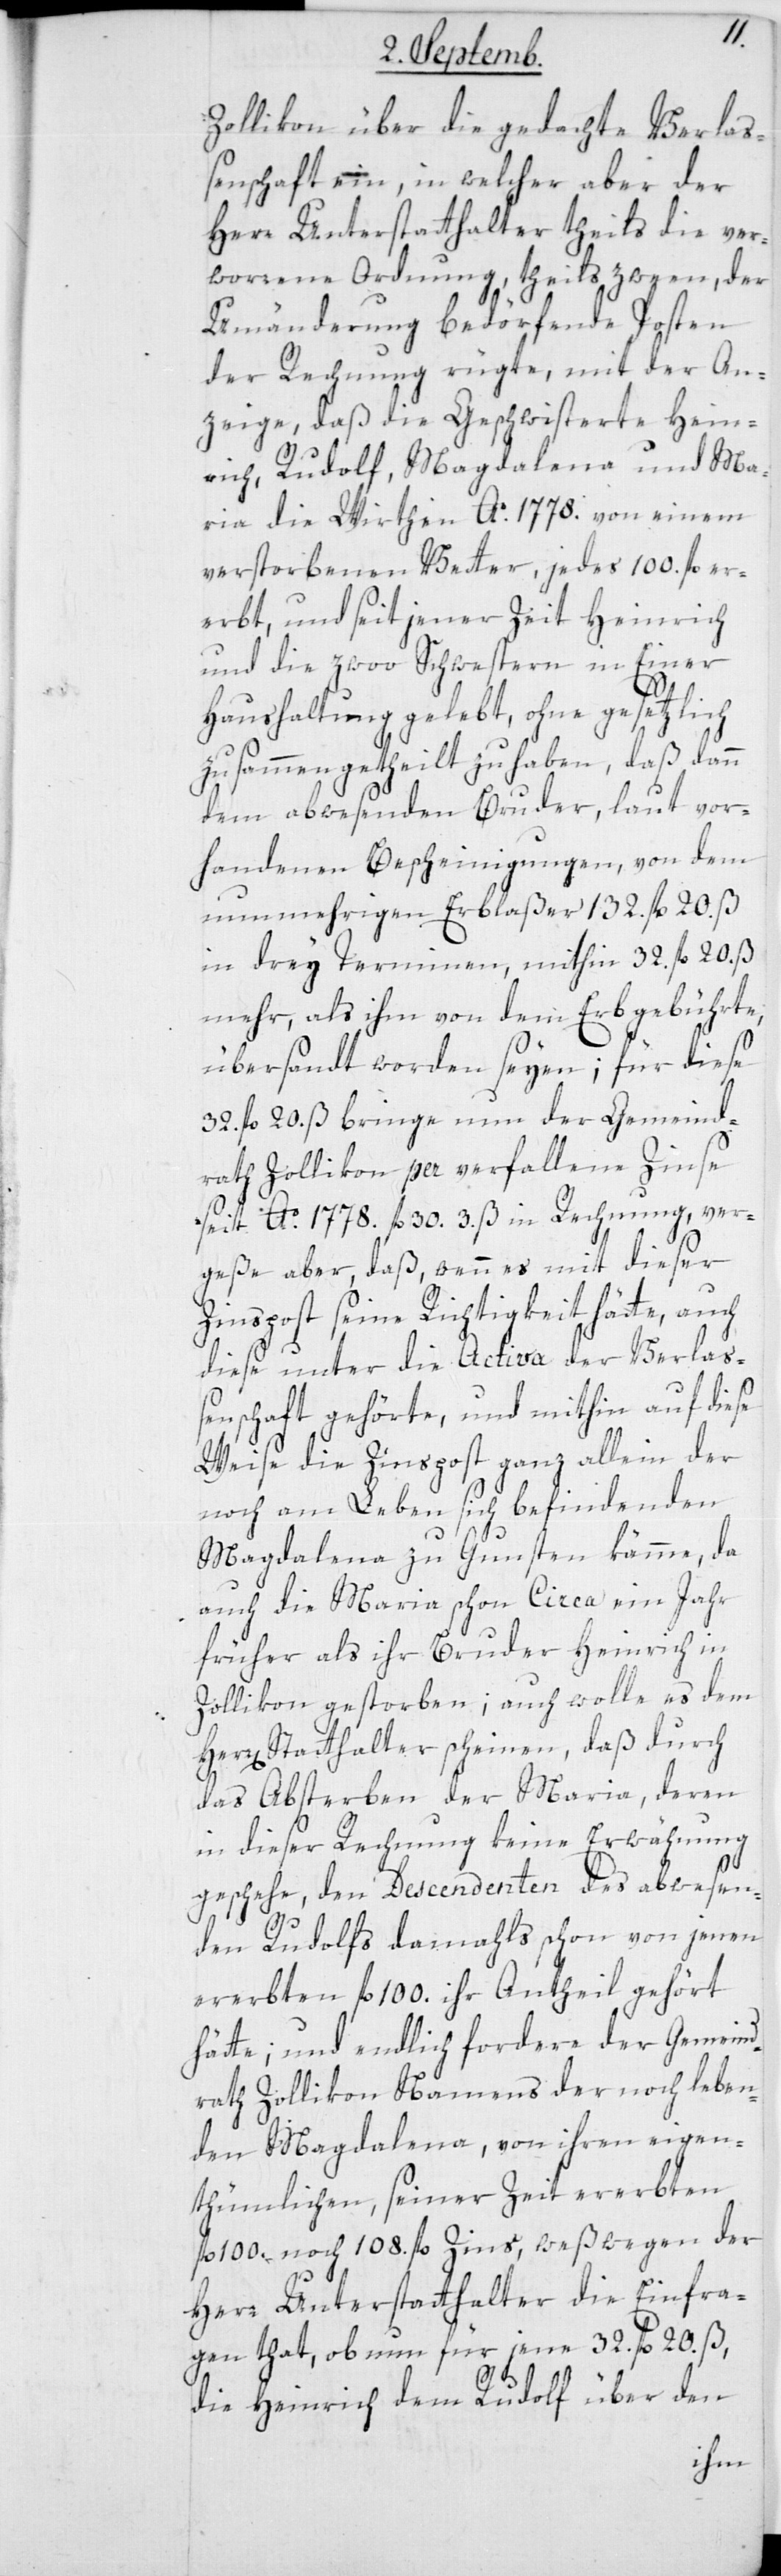
Zollikon über die gedachte Verlas¬
senschaft ein, in welcher aber der
Herr Unterstatthalter theils die ver¬
worrene Ordnung, theils zween, der
Umänderung bedörfende Posten
der Rechnung rügte, mit der An¬
zeige, daß die Geschwisterte Hein¬
rich, Rudolf, Magdalena und Ma¬
ria die Wirthin Ao. 1778. von einem
verstorbenen Vetter, jedes 100. fl. er¬
erbt, und seit jener Zeit Heinrich
und die zwoo Schwestern in einer
Haushaltung gelebt, ohne gesetzlich
zusammen getheilt zu haben, daß dann
dem abwesenden Bruder, laut vor¬
handenen Bescheinigungen, von dem
nunmehrigen Erblaßer 132 fl. 20. ß
in drey Terminen, mithin 32. fl. 20. ß
mehr, als ihm von dem Erb gebührte,
übersandt worden seyen; für diese
32. fl. 20. ß bringe nun der Gemeind¬
rath Zollikon per verfallene Zinse
seit Ao. 1778. fl. 30. 3. ß in Rechnung, ver¬
geße aber, daß, wenn es mit dieser
Zinspost seine Richtigkeit hätte, auch
diese unter die Activa der Verlaß¬
enschaft gehörte, und mithin auf diese
Weise die Zinspost ganz allein der
noch am Leben sich befindenden
Magdalena zu Gunsten kämme, da
auch die Maria schon Circa ein Jahr
früher als ihr Bruder Heinrich in
Zollikon gestorben; auch wolle es dem
Herr Statthalter scheinen, daß durch
das Absterben der Maria, deren
in dieser Rechnung keine Erwähnung
geschehe, den Descendenten des abwesen¬
den Rudolfs damahls schon von jenen
ererbten fl. 100. ihr Antheil gehört
hätte; und endlich fordere der Gemeind¬
rath Zollikon Namens der noch leben¬
den Magdalena, von ihren eigen¬
thümlichen, seiner Zeit ererbten
fl. 100. noch 108. fl. Zins, weswegen der
Herr Unterstatthalter die Einfra¬
ge tat, ob nun für jene 32. fl. 20. ß,
die Heinrich dem Rudolf über den